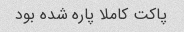
پاکت کاملا پاره شده بود